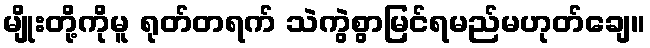
မျိုးတို့ကိုမူ ရုတ်တရက် သဲကွဲစွာမြင်ရမည်မဟုတ်ချေ။